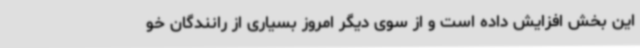
این بخش افزایش داده است و از سوی دیگر امروز بسیاری از رانندگان خو